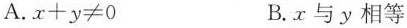
A.$$x + y ≠ 0$$ B.x与y相等